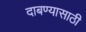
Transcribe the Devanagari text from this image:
दाबण्यासाठी